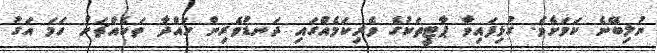
ނުލިބޭނެ ކަމަށެވެ. ގުޅިފައިވާ ޕާޓީތަކުގެ ވެރިކަމެއްގައި ދަނޑުވެރިން ހައްދާ ތަކެއްޗަށް ހަމަ އަގު